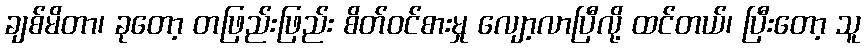
ချစ်မိတာ၊ ခုတော့ တဖြည်းဖြည်း စိတ်ဝင်စားမှု လျော့လာပြီလို့ ထင်တယ်၊ ပြီးတော့ သူ